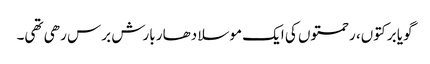
گویا برکتوں، رحمتوں کی ایک موسلا دھار بارش برس رھی تھی۔